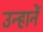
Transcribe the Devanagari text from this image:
उन्हानें